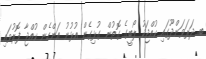
ބ. ދަރަވަންދޫގައި ކުއްޖަކު ލޯބީގެ ގޮތުން ގުޅިގެން އުޅުނު އަންހެން ކުއްޖާ ފޮރުވައި